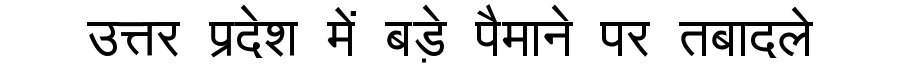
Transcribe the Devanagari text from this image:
उत्तर प्रदेश में बड़े पैमाने पर तबादले